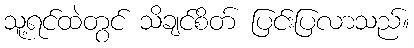
သူ့ရင်ထဲတွင် သိချင်စိတ် ပြင်းပြလာသည်။